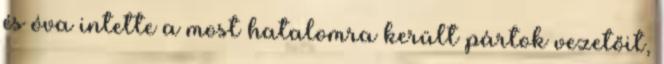
és óva intette a most hatalomra került pártok vezetőit,